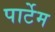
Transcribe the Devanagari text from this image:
पार्टेम